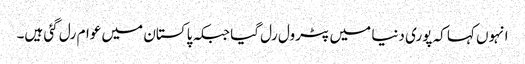
انہوں کہا کہ پوری دنیا میں پٹرول رل گیا جبکہ پاکستان میں عوام رل گئی ہیں۔